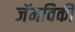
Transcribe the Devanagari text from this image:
जॅमविकी